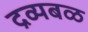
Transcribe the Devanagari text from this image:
द्रव्यबळ